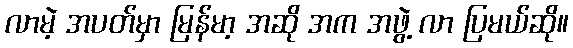
လာမဲ့ အပတ်မှာ မြန်မာ့ အဆို အက အဖွဲ့ လာ ပြမယ်ဆို။